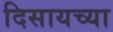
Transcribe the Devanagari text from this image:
दिसायच्या